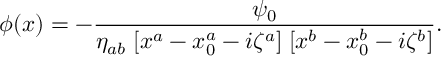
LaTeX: \phi ( x ) = - { \frac { \psi _ { 0 } } { \eta _ { a b } \; [ x ^ { a } - x _ { 0 } ^ { a } - i \zeta ^ { a } ] \; [ x ^ { b } - x _ { 0 } ^ { b } - i \zeta ^ { b } ] } } .